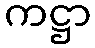
ကဋ္ဌာ